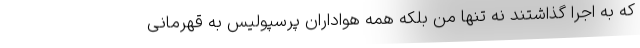
که به اجرا گذاشتند نه تنها من بلکه همه هواداران پرسپولیس به قهرمانی